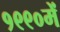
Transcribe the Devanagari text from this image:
१९९०में